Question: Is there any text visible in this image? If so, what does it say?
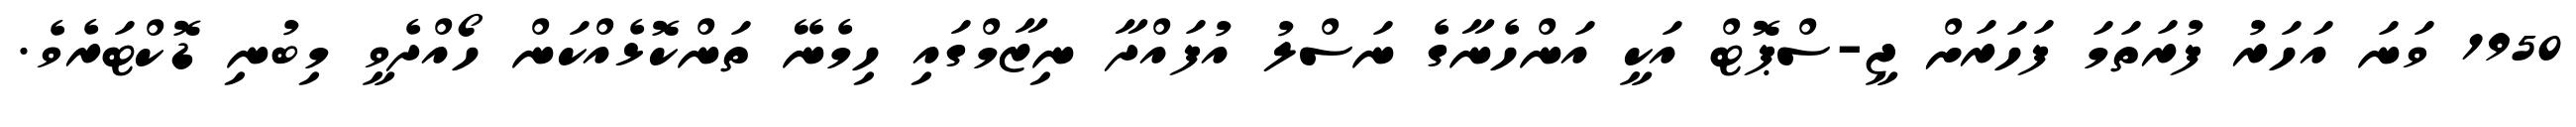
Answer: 1950 ވަނަ އަހަރު ފުރަތަމަ ފަހަރަށް ޖީ-ސްޕޮޓް އަކީ އަންހެނާގެ ނަސްލު އުފައްދާ ނިޒާމްގައި ހިމެނޭ ތަންކޮޅެއްކަން ހޯއްދެވީ މިބުނި ޑޮކްޓަރެވެ.